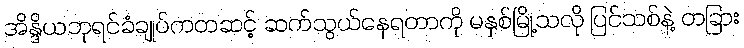
အိန္ဒိယဘုရင်ခံချုပ်ကတဆင့် ဆက်သွယ်နေရတာကို မနှစ်မြို့သလို ပြင်သစ်နဲ့ တခြား